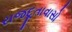
રાજદૂતાવાસો